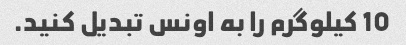
10 کیلوگرم را به اونس تبدیل کنید.